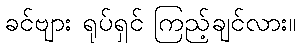
ခင်ဗျား ရုပ်ရှင် ကြည့်ချင်လား။